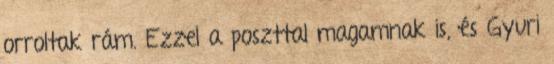
orroltak rám. Ezzel a poszttal magamnak is, és Gyuri